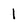
Character: 1